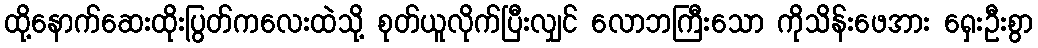
ထို့နောက်ဆေးထိုးပြွတ်ကလေးထဲသို့ စုတ်ယူလိုက်ပြီးလျှင် လောဘကြီးသော ကိုသိန်းဖေအား ရှေးဦးစွာ